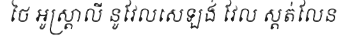
ថៃ អូស្ត្រាលី នូវែលសេឡង់ វែល ស្តត់លែន